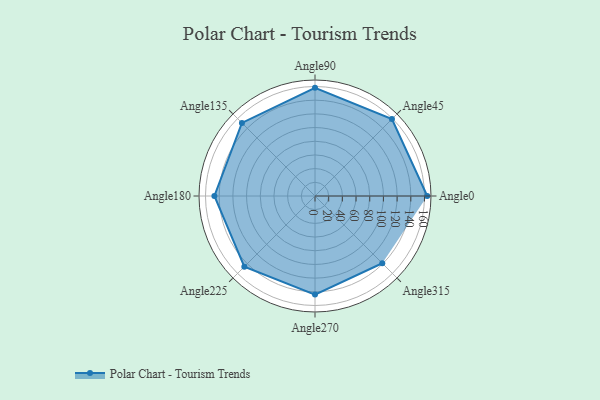
{"axis": {"x": "Angle", "y": "Radius"}, "legend": [""], "data": [{"x": "Angle0", "y": 164.0, "type": ""}, {"x": "Angle45", "y": 159.0, "type": ""}, {"x": "Angle90", "y": 158.0, "type": ""}, {"x": "Angle135", "y": 151.0, "type": ""}, {"x": "Angle180", "y": 147.0, "type": ""}, {"x": "Angle225", "y": 146.0, "type": ""}, {"x": "Angle270", "y": 144.0, "type": ""}, {"x": "Angle315", "y": 139.0, "type": ""}]}